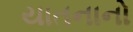
યાતનાનો